Dysentery and liver abscess in Bombay - Number 47
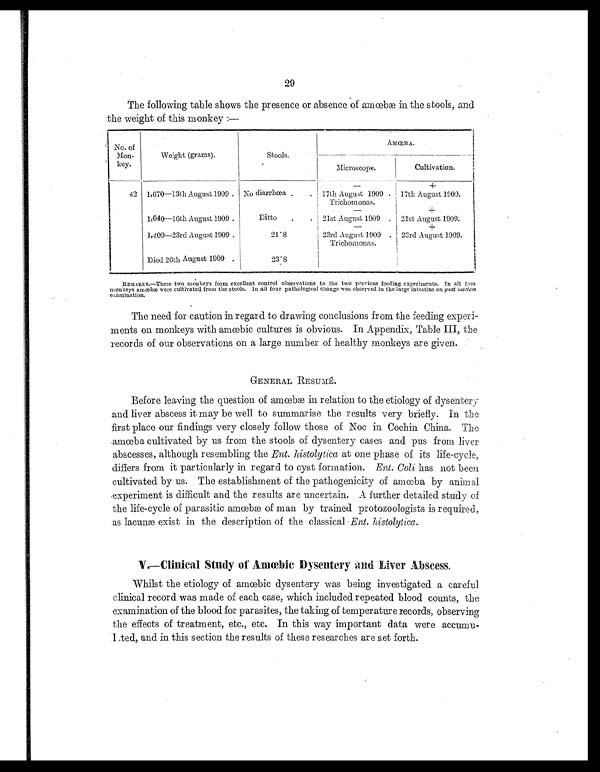
29
The following table shows the presence or absence of amœbæ in the stools, and
the weight of this monkey :—
No. of
Mon-
key.
Weight (grams).
Stools.
AMŒBA.
Microscope.
Cultivation.
— +
42 1,670—13th August 1909 . No diarrhœa . . 17th August 1909 . 17th August 1909.
Trichomonas.
— +
1,640—16th August 1909 .
Ditto . . 21st August 1909 . 21st August 1909.
— +
1,409—23rd August 1909 .
21.8
23rd August 1909 . 23rd August 1909.
Trichomonas.
Died 26th August 1909 .
2 3 . 8
REMARKS . —Th e s e t wo mo n k e y s f o r m e x c e l l e n t c o n t r o l o b s e r v a t i o n s t o t h e t wo p r e v i o u s f e e d i n g e x p e r i me n t s . I n a l l f o u r
mo n k e y s a mœb æ we r e c u l t i v a t e d f r o m t h e s t o o l s . I n a l l f o u r p a t h o l o g i c a l c h a n g e wa s o b s e r v e d i n t h e l a r g e i n t e s t i n e o n post mortem
examination.
The need for caution in regard to drawing conclusions from the feeding experi-
ments on monkeys with amœbic cultures is obvious. In Appendix, Table III, the
records of our observations on a large number of healthy monkeys are given.
GENERAL RESUMÉ.
Before leaving the question of amœbæ in relation to the etiology of dysentery
and liver abscess it may be well to summarise the results very briefly. In the
first place our findings very closely follow those of Noc in Cochin China. The
amœbæ cultivated by us from the stools of dysentery cases and pus from liver
abscesses, although resembling the Ent. histolytica at one phase of its life-cycle,
differs from it particularly in regard to cyst formation. Ent. Coli has not been
cultivated by us. The establishment of the pathogenicity of amœbæ by animal
experiment is difficult and the results are uncertain. A further detailed study of
the life-cycle of parasitic amœbæ of man by trained protozoologists is required,
as lacunæ exist in the description of the classical Ent. histolytica.
V.—Clinical Study of Amœbic Dysentery and Liver Abscess.
Whilst the etiology of amœbic dysentery was being investigated a careful
clinical record was made of each case, which included repeated blood counts, the
examination of the blood for parasites, the taking of temperature records, observing
the effects of treatment, etc., etc. In this way important data were accumu-
lated, and in this section the results of these researches are set forth.